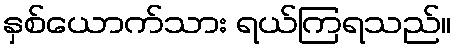
နှစ်ယောက်သား ရယ်ကြရသည်။